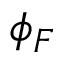
\phi _ { F }